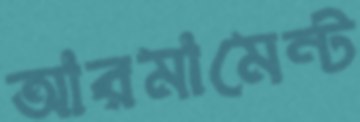
আরমামেন্ট